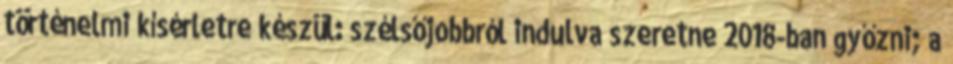
történelmi kísérletre készül: szélsőjobbról indulva szeretne 2018-ban győzni; a